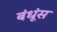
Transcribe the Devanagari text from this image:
बंधूंस